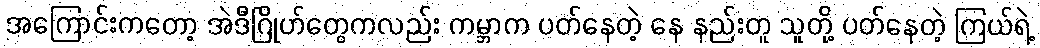
အကြောင်းကတော့ အဲဒီဂြိုဟ်တွေကလည်း ကမ္ဘာက ပတ်နေတဲ့ နေ နည်းတူ သူတို့ ပတ်နေတဲ့ ကြယ်ရဲ့